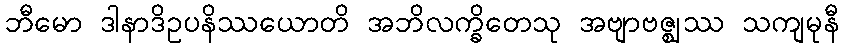
ဘီမော ဒါနာဒိဥပနိဿယောတိ အဘိလက္ခိတေသု အဗျာဗဇ္ဈဿ သကျမုနီ